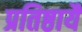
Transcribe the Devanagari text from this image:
प्रतिष्ठायै